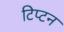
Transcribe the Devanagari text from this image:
टिप्टन